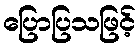
ပြောပြသဖြင့်